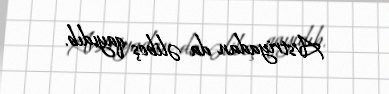
Avstriyadan da əliboş qayıdıb.